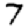
Digit: 7